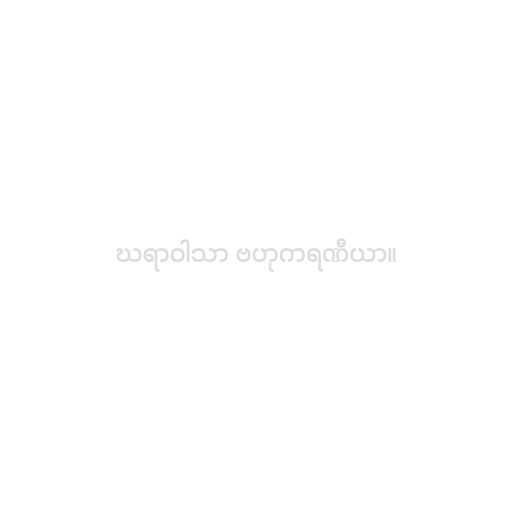
ဃရာဝါသာ ဗဟုကရဏီယာ။